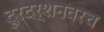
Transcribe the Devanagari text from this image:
दूरदर्शनवरच